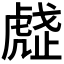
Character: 𧇒